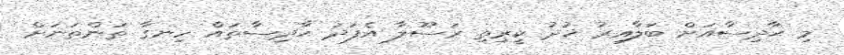
މި ޙާދިސާއަށް ބަލާއިރު ޚުދު ކީރިތި ރަސޫލާ އެފަދަ ޙާދިސާތައް ހިނގާ ތަންތަނަށް